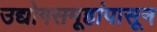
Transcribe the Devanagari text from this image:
उद्योगसमूहांपासून